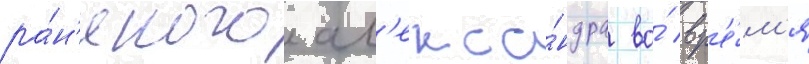
ра́н'еного ал'екса́ндра во́ вр'е́м'я